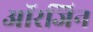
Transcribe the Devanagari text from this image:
आॅरजिन